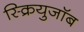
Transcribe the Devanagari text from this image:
स्क्रियुजॉब